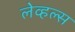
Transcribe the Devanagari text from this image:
लेव्हल्स